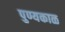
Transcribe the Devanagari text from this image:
पुण्यकाळ